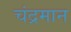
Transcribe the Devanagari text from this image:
चंद्रमान